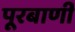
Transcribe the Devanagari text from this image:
पूरबाणी